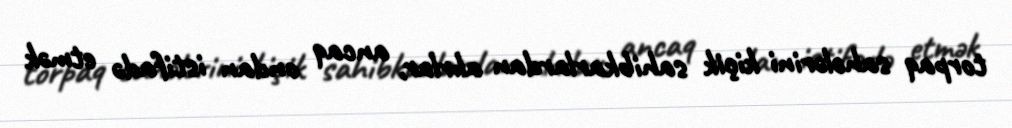
torpaq sahələrini kiçik sahibkarlardan alırlar, ancaq ondan istifadə etmək